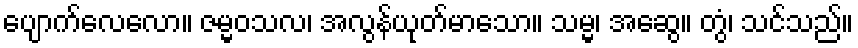
ပျောက်လေလော။ ဇမ္မဝသလ၊ အလွန်ယုတ်မာသော။ သမ္မ၊ အဆွေ။ တွံ၊ သင်သည်။